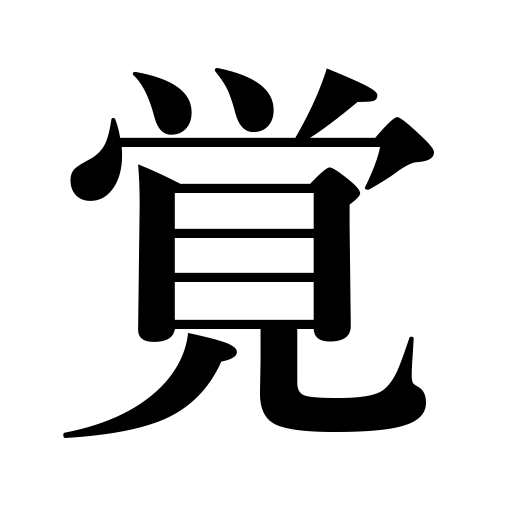
Meanings: learn,wake up,feel,remember,awake,memorize,expect,perceive,be disillusioned,know,sober up,experience